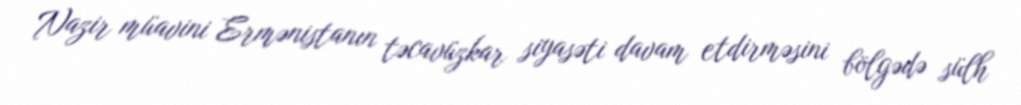
Nazir müavini Ermənistanın təcavüzkar siyasəti davam etdirməsini bölgədə sülh